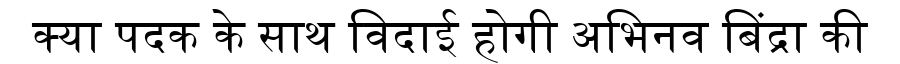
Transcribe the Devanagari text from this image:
क्या पदक के साथ विदाई होगी अभिनव बिंद्रा की